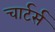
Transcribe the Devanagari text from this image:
चार्टर्स